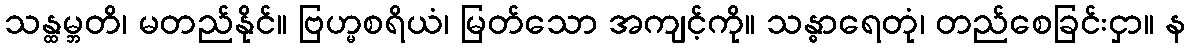
သန္ထမ္ဘတိ၊ မတည်နိုင်။ ဗြဟ္မစရိယံ၊ မြတ်သော အကျင့်ကို။ သန္ဓာရေတုံ၊ တည်စေခြင်းငှာ။ န